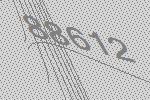
88612